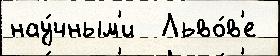
нау́чным'и  Льво́в'е